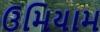
ઉમિયામ